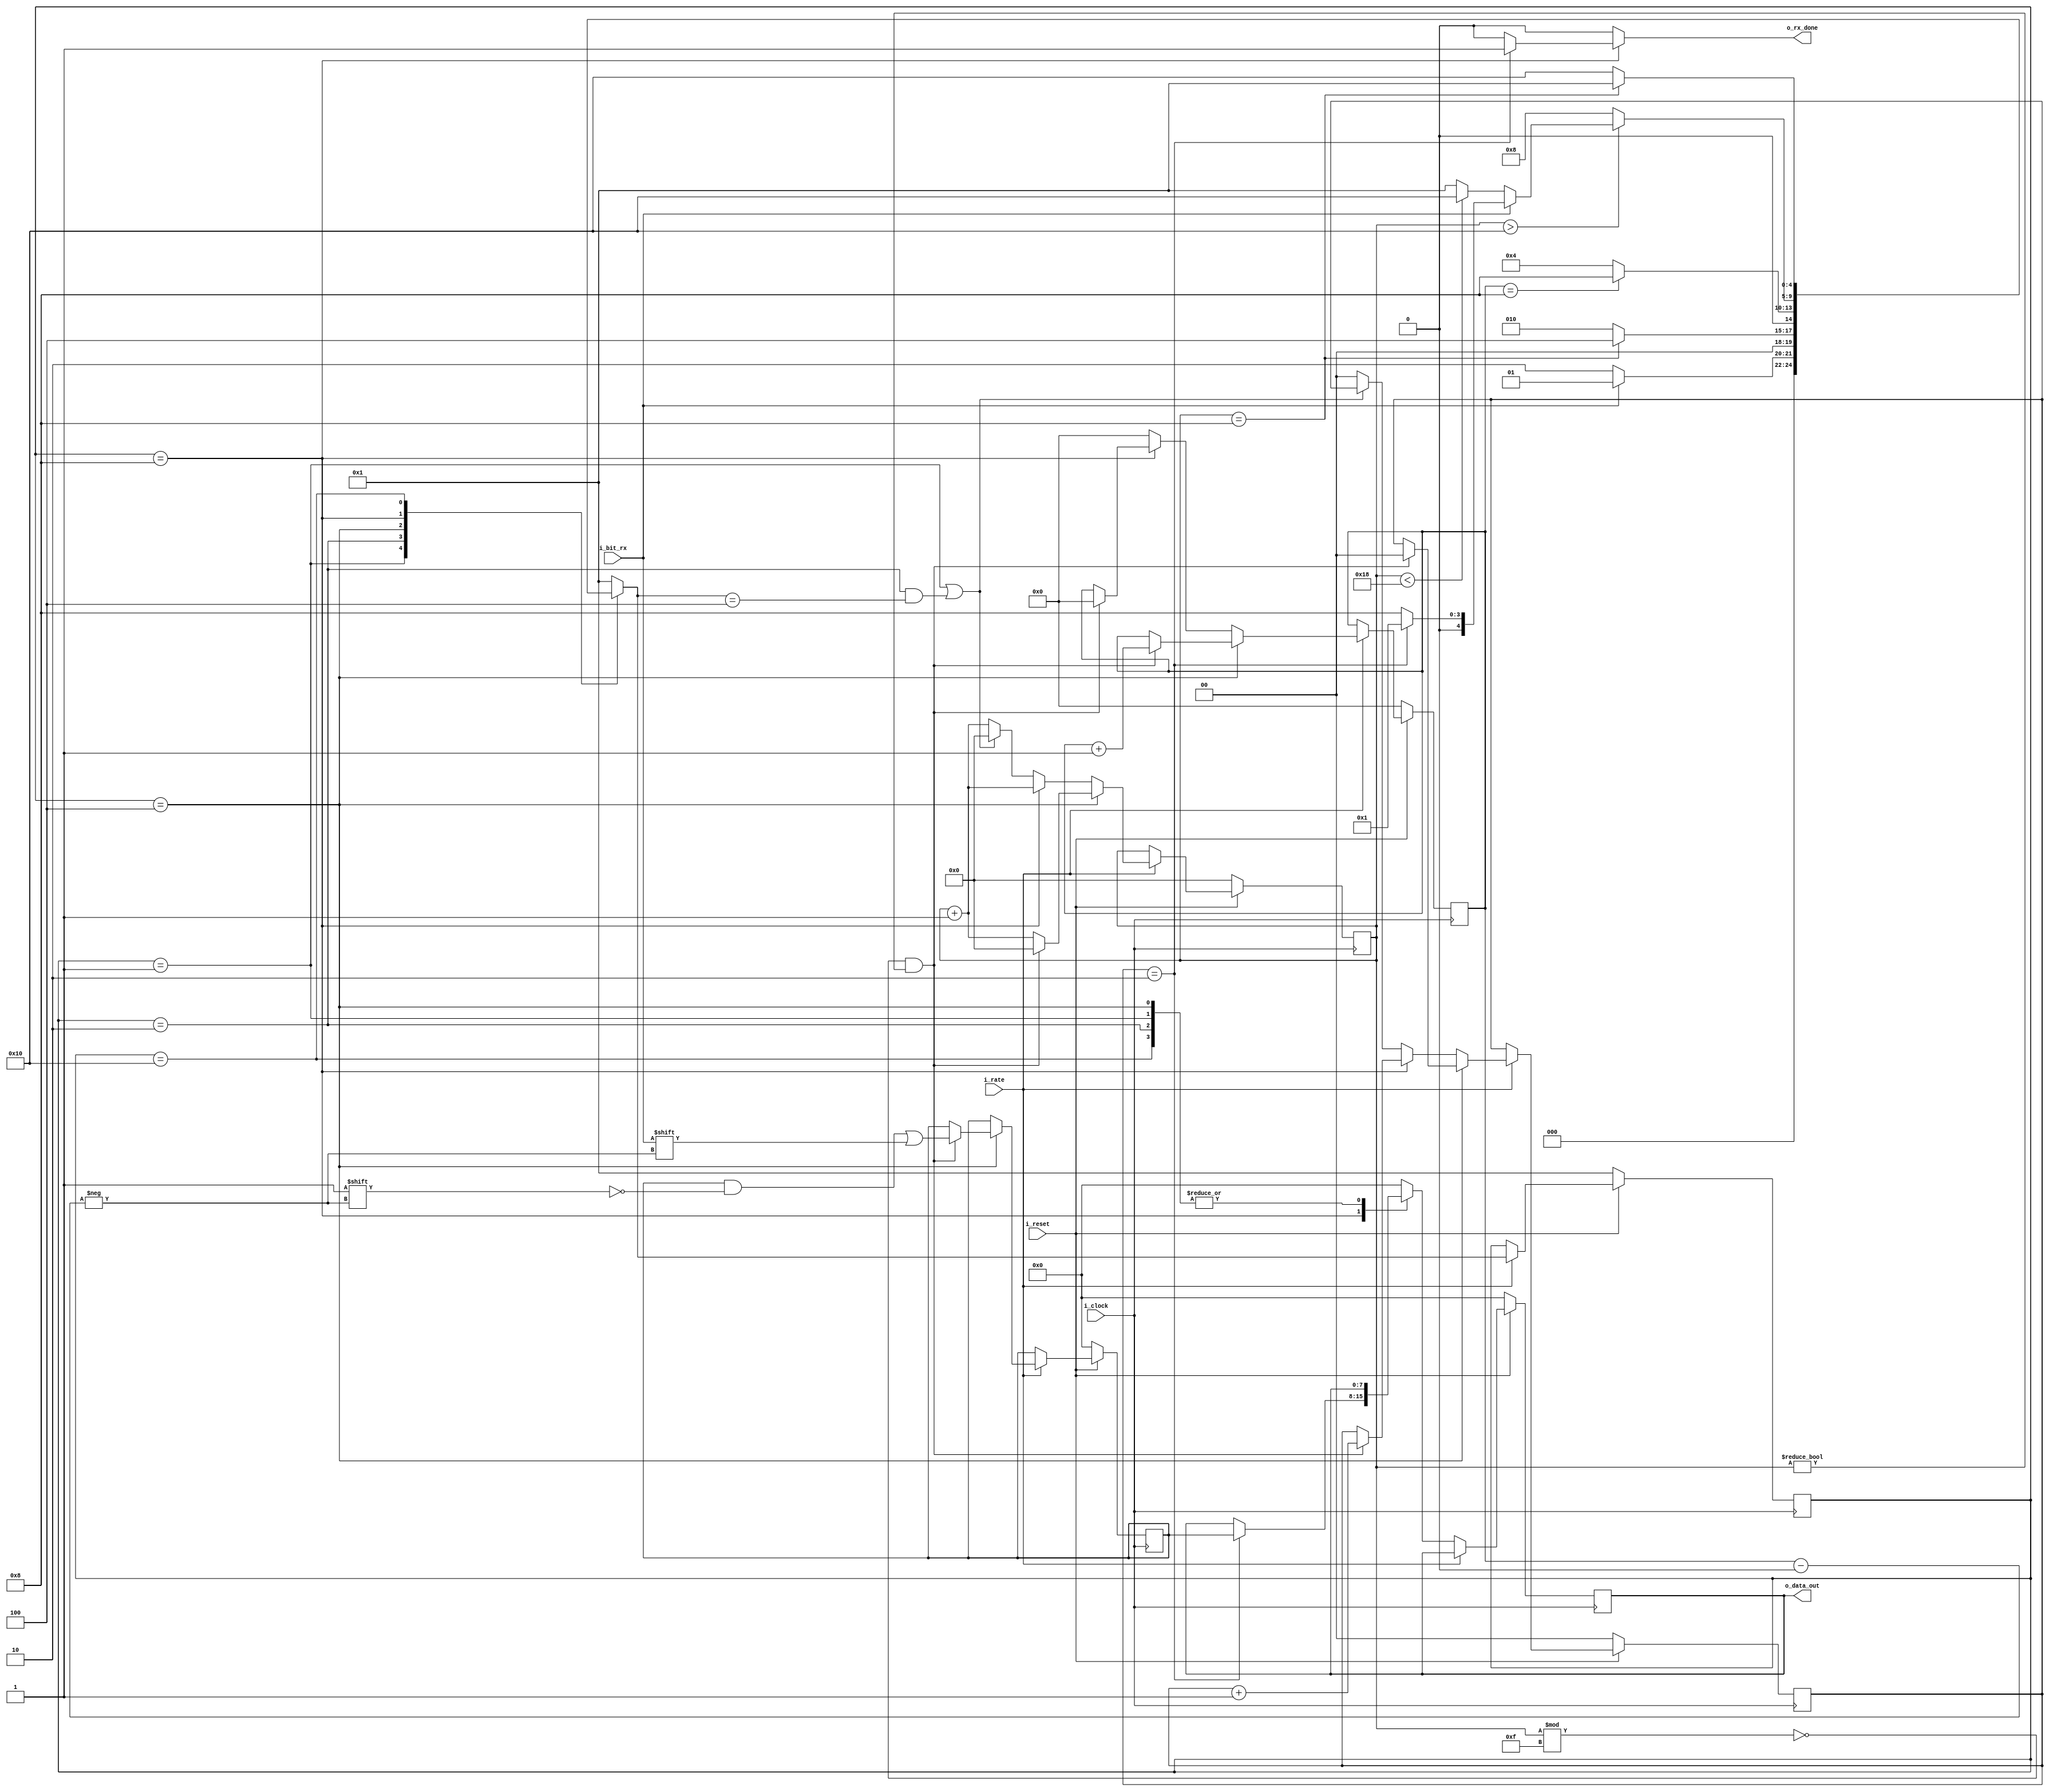
 `timescale 1ns / 1ps

//////////////////////////////////////////////////////////////////////////////////////////////////
// Trabajo Practico Nro. 2. UART.
// Modulo rx.
// Integrantes: Kleiner Matias, Lopez Gaston.
// Materia: Arquitectura de Computadoras.
// FCEFyN. UNC.
// Anio 2018.
//////////////////////////////////////////////////////////////////////////////////////////////////


// Constantes.
`define WIDTH_WORD                8          // Tamanio de palabra util enviada por trama UART.
`define CANT_BIT_STOP_RX          2          // Cantidad de bits de parada de trama UART.


module rx(
    i_clock,
    i_rate,
    i_bit_rx, 
    i_reset,
    o_rx_done,
    o_data_out
    );

// Parametros.
parameter WIDTH_WORD    = `WIDTH_WORD;
parameter CANT_BIT_STOP  = `CANT_BIT_STOP_RX;

// Local Param
localparam ESPERA = 5'b00001;
localparam START = 5'b00010;
localparam READ = 5'b00100;
localparam STOP = 5'b01000;
localparam ERROR = 5'b10000; // Estado en caso de error en bits de stop (llega un 1 como primer bit de stop y luego un 0).


// Entradas - Salidas.
input i_clock;
input i_rate;  
input i_bit_rx;   
input i_reset; 
output reg o_rx_done; 
output reg [ WIDTH_WORD - 1 : 0 ] o_data_out;       



// Registros.
reg [ 4 : 0 ] reg_state;
reg [ 4 : 0 ] reg_next_state;
reg [ WIDTH_WORD - 1 : 0 ] reg_buffer;
reg [ 5 : 0] reg_contador_ticks; // Debe contar como maximo hasta 32. (Por los dos bits de stop).
reg [$clog2 (WIDTH_WORD) : 0] reg_contador_bits;
reg [($clog2 (CANT_BIT_STOP)) : 0] reg_contador_bits_stop;

reg [ WIDTH_WORD - 1 : 0 ] o_data_out_next; 


always@( posedge i_clock ) begin //Memory
     // Se resetean los registros.
    if (~ i_reset) begin
            reg_state <= 1;
            reg_buffer <= 0;
            reg_contador_bits <= 0;
            reg_contador_ticks <= 0;
            reg_contador_bits_stop <= 0;
            o_data_out <= 0;
    end
    else if (i_rate) begin 
                reg_state <= reg_next_state;                
                if (reg_state == READ) begin
                    // 16 ticks por bit transmitido.
                    if ( ((reg_contador_ticks % 15) == 0) && (reg_contador_ticks != 0) ) begin
                        reg_buffer[reg_contador_bits] <=  i_bit_rx;
                        reg_contador_bits <= reg_contador_bits + 1;
                        reg_contador_bits_stop <= 0;
                        reg_contador_ticks <= 0;
                    end
                    else begin
                        reg_buffer <= reg_buffer;
                        reg_contador_bits <= reg_contador_bits;
                        reg_contador_bits_stop <= reg_contador_bits_stop;
                        reg_contador_ticks <= reg_contador_ticks + 1;
                    end
                end

                else if ( reg_state == STOP ) begin
                    // 16 ticks por bit transmitido.
                    if ( ((reg_contador_ticks % 15) == 0) && (reg_contador_ticks != 0) ) begin
                        reg_contador_bits <= 0;
                        reg_contador_bits_stop <= reg_contador_bits_stop + 1;
                        reg_buffer <= reg_buffer;
                        reg_contador_ticks <= reg_contador_ticks + 1;
                    end
                    else begin
                        reg_contador_bits <= reg_contador_bits;
                        reg_contador_bits_stop <= reg_contador_bits_stop;
                        reg_buffer <= reg_buffer;
                        reg_contador_ticks <= reg_contador_ticks + 1;
                    end
                end
                
                else if ( (reg_state == ESPERA) || (reg_state == START && reg_next_state == READ) ) begin
                    reg_contador_ticks <=  0;
                    reg_contador_bits <=  0;
               end

                else begin
                    reg_buffer <= reg_buffer; 
                    reg_contador_bits <= 0;
                    reg_contador_bits_stop <= 0;
                    reg_contador_ticks <=  reg_contador_ticks + 1;
                end
                
            
    end
    else begin
        o_data_out <= o_data_out_next;
        reg_state <= reg_state;
        reg_buffer <= reg_buffer;
        reg_contador_bits <= reg_contador_bits;
        reg_contador_ticks <= reg_contador_ticks;
        reg_contador_bits_stop <= reg_contador_bits_stop;
    end 
    
end


always@( * ) begin //NEXT - STATE logic
    
   
    case (reg_state)
        
        ESPERA : begin
            if (i_bit_rx == 0) begin
                reg_next_state = START;
            end
            else begin
                reg_next_state = ESPERA;
            end  
        end
        
        START : begin
            if (reg_contador_ticks == 8) begin
                reg_next_state = READ;
            end
            else begin
                reg_next_state = START;
            end  
        end
        
        READ : begin
            if (reg_contador_bits == WIDTH_WORD) begin
                reg_next_state = STOP;
            end
            else begin
                reg_next_state = READ;
            end  
        end
        
        STOP : begin
            if (reg_contador_ticks > 16) begin // Sal de los bits de datos.
                if (i_bit_rx == 1) begin
                    if ( reg_contador_bits_stop == CANT_BIT_STOP ) begin
                        reg_next_state = ESPERA;

                    end
                    else begin
                        reg_next_state = STOP;
                    end  
                end

                else begin
                        if ( reg_contador_ticks < 24) begin // Menos de la mitad del segundo bit de stop y es cero.
                            reg_next_state = ERROR; // Faltan 8 ticks para terminar de recorrer el bit de stop errneo.
                        end 
                        else begin
                            reg_next_state = ESPERA;
                        end
                        
                end
            end
            else begin
                    reg_next_state = STOP;
            end
            
        end
        
        ERROR : begin
            // Para salir del error se deben contar 8 ticks porque estoy a la mitad de un bit recibido.
            if (reg_contador_ticks == 8) begin
                reg_next_state = ESPERA;
            end
            else begin
                reg_next_state = ERROR;
            end  
        end



        default: begin
                reg_next_state = ESPERA;
            end
    
    endcase 
end


always@( * ) begin //Output logic
    
    o_data_out_next = o_data_out;
    
    case (reg_state)
        
        ESPERA : begin
            o_rx_done = 0;
            o_data_out_next = o_data_out;
        end
        
        START : begin
            o_rx_done = 0;
            o_data_out_next = o_data_out;
        end
        
        READ : begin
            o_rx_done = 0;
            o_data_out_next = o_data_out;
        end
        
        STOP : begin

            if ( reg_contador_bits_stop == CANT_BIT_STOP) begin
                o_rx_done = 1;
                o_data_out_next = reg_buffer;
            end
            else begin
                o_rx_done = 0;
                o_data_out_next = o_data_out;
            end  
            
        end

        ERROR : begin
            o_rx_done = 0;
            o_data_out_next = o_data_out;
        end
        
        default : begin
            o_rx_done = 0;
            o_data_out_next = 0;
        end
    
    endcase 
end

endmodule